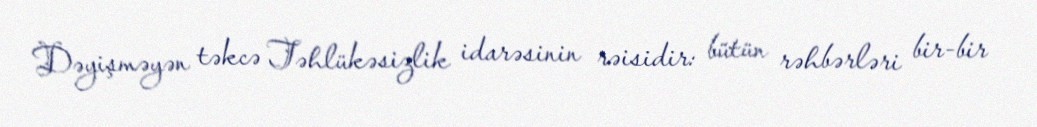
Dəyişməyən təkcə Təhlükəsizlik idarəsinin rəisidir: bütün rəhbərləri bir-bir